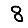
Digit: 8